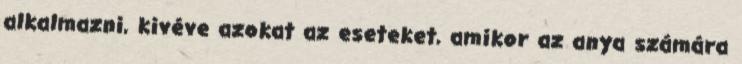
alkalmazni, kivéve azokat az eseteket, amikor az anya számára